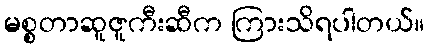
မစ္စတာဆူဇူကီးဆီက ကြားသိရပါတယ်။